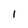
Character: 1